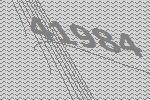
41984